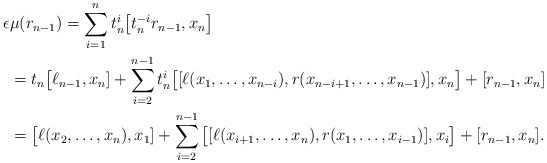
\begin{align*}\epsilon&\mu(r_{n-1}) = \sum_{i=1}^n t_n^i \big[t_n^{-i} r_{n-1},x_n\big] \\& = t_n\big[\ell_{n-1},x_n] + \sum_{i=2}^{n-1} t_n^i \big[ [\ell(x_1,\ldots, x_{n-i}), r(x_{n-i+1},\ldots,x_{n-1})],x_n \big] + [r_{n-1},x_n] \\& = \big[\ell(x_2,\ldots,x_n),x_1] + \sum_{i=2}^{n-1} \big[ [\ell(x_{i+1},\ldots, x_n), r(x_1,\ldots,x_{i-1})],x_i \big] + [r_{n-1},x_n].\end{align*}